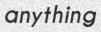
anything